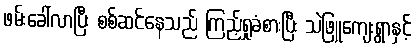
ဖမ်းခေါ်လာပြီး စစ်ဆင်နေသည် ကြည့်ရှုခံစားပြီး သဲဖြူကျေးရွာနှင့်